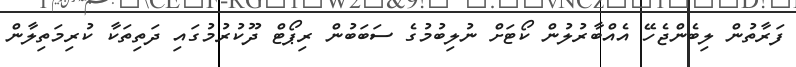
ފަރާތުން ލިބެންޖެހޭ އެއްބާރުލުން ކޯޓަށް ނުލިބުމުގެ ސަބަބުން ރިޕޯޓް ދޫކުރުމުގައި ދަތިތަކާ ކުރިމަތިލާން